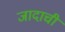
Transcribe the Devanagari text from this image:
जादाची